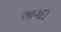
આગદા